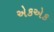
એકએક